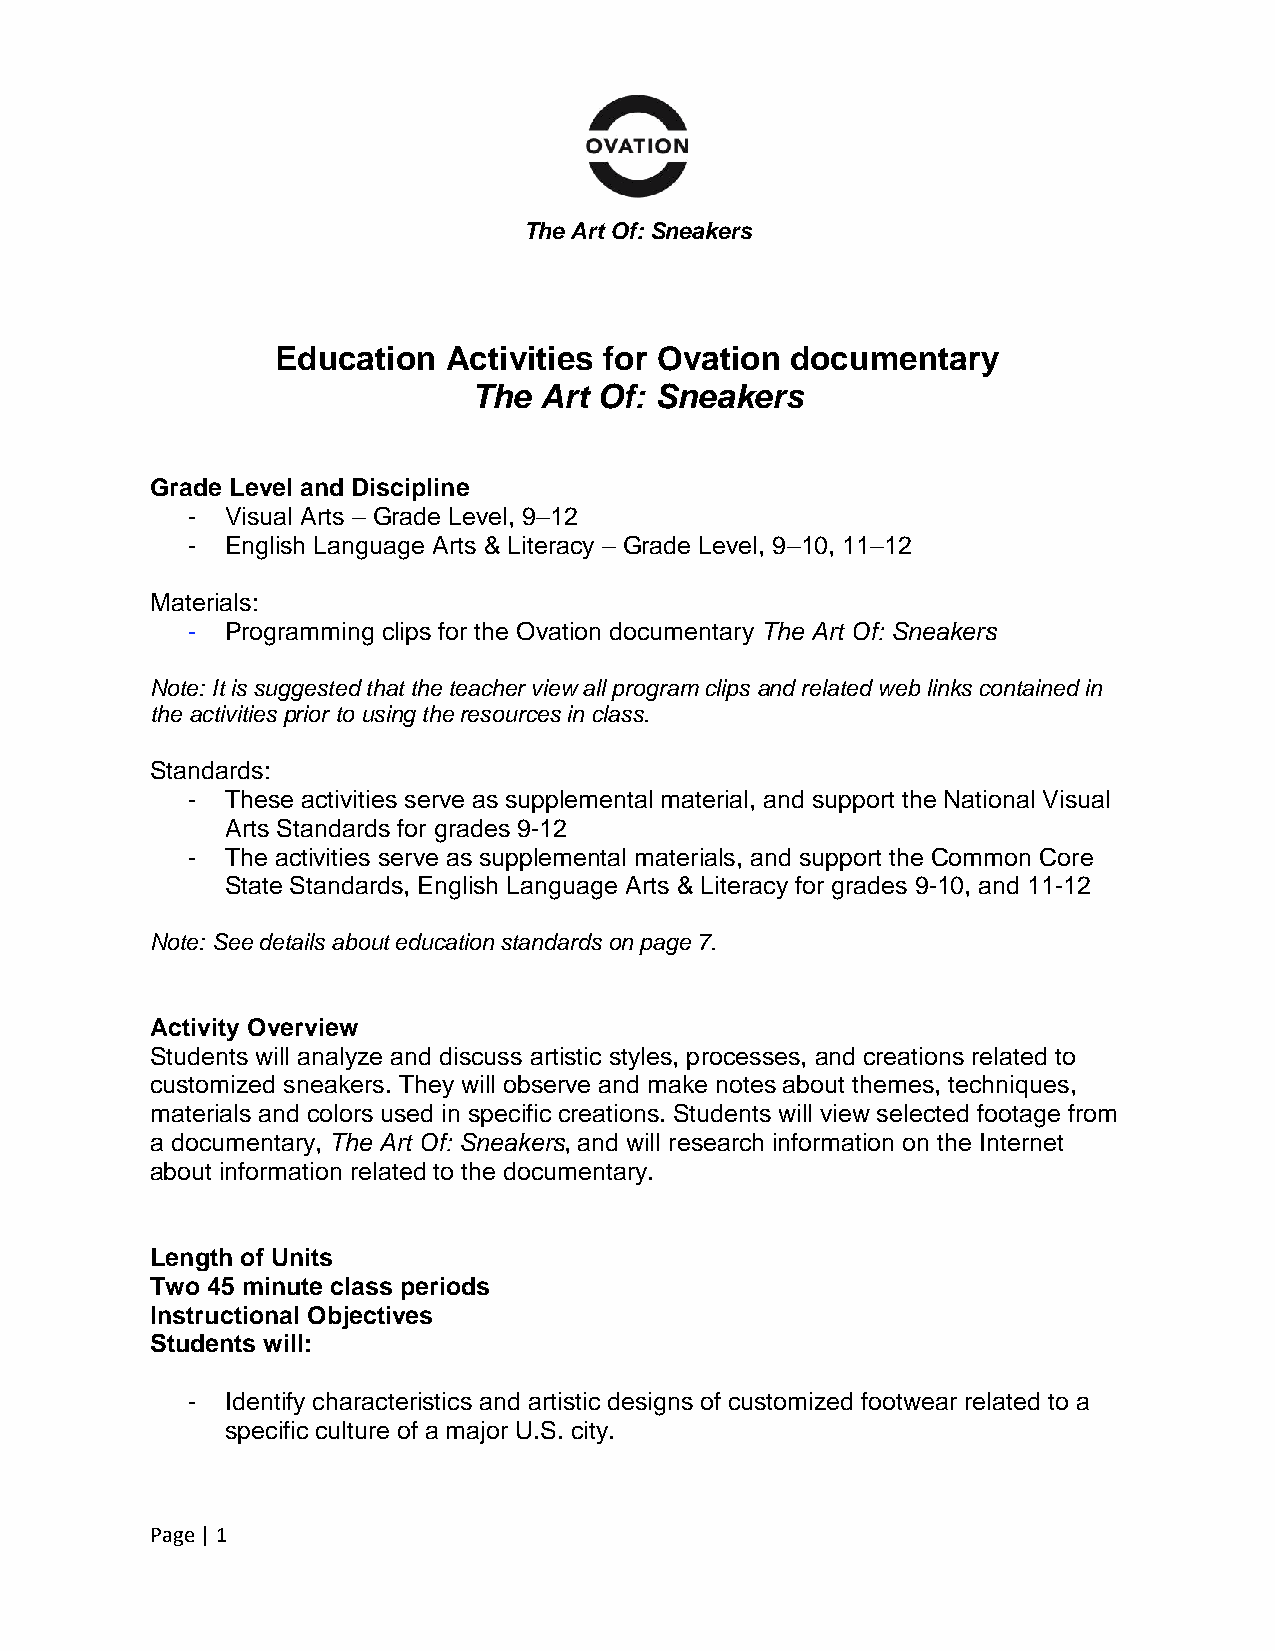
The Art Of: Sneakers
 Education   Activities for Ovation documentary
 The  Art Of: Sneakers
 Grade Level and Discipline
 -  Visual Arts – Grade Level, 9–12
 -  English Language Arts & Literacy – Grade Level, 9–10, 11–12
 Materials:
 -  Programming clips for the Ovation documentary The Art Of: Sneakers
 Note: It is suggested that the teacher view all program clips and related web links contained in
 the activities prior to using the resources in class.
 Standards:
 -  These activities serve as supplemental material, and support the National Visual
 Arts Standards for grades 9-12
 -  The activities serve as supplemental materials, and support the Common Core
 State Standards, English Language Arts & Literacy for grades 9-10, and 11-12
 Note: See details about education standards on page 7.
 Activity Overview
 Students will analyze and discuss artistic styles, processes, and creations related to
 customized sneakers. They will observe and make notes about themes, techniques,
 materials and colors used in specific creations. Students will view selected footage from
 a documentary, The Art Of: Sneakers, and will research information on the Internet
 about information related to the documentary.
 Length of Units
 Two 45 minute class periods
 Instructional Objectives
 Students will:
 -  Identify characteristics and artistic designs of customized footwear related to a
 specific culture of a major U.S. city.
 Page | 1